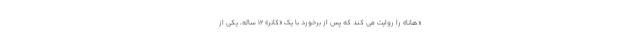
«هانا» را روایت می کند که پس از برخورد با یک «کانر» ۱۲ ساله، یکی از